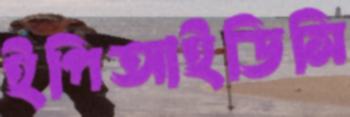
ইপিআইডিসি